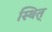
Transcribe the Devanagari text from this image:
स्थित्